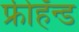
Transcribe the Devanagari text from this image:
फ्रीहॅन्ड